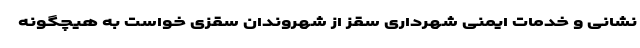
نشانی و خدمات ایمنی شهرداری سقز از شهروندان سقزی خواست به هیچگونه